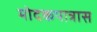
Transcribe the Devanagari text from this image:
मोदकपात्रास